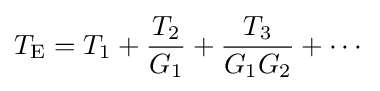
T_{\text{E}}=T_{1}+{\frac {T_{2}}{G_{1}}}+{\frac {T_{3}}{G_{1}G_{2}}}+\cdots